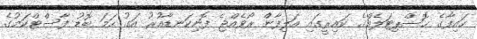
ހައިފާގެ ހޮސްޕިޓަލެއްގެ ކައިރީގައި އަލިފާން ރޯވެއްޖެ ފޮނިކަނޑާއުރު އަގު ހަމަ ބޮޑު ފާސްޓްކަމުގެ